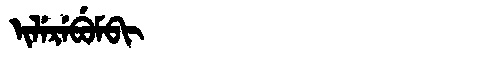
Manchu: ᡳᠯᡝᡵᡝᠪᡠᠮᠪᡳ
Romanization: ILEREBUMBI